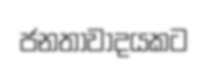
ජනතාවාදයකට